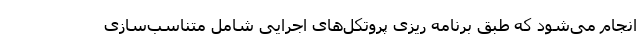
انجام می‌شود که طبق برنامه ریزی پروتکل‌های اجرایی شامل متناسب‌سازی